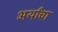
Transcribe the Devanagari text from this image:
अर्थांचा